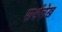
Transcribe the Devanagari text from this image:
पार्श्वलेख